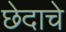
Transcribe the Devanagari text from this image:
छेदाचे